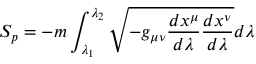
S _ { p } = - m \int _ { \lambda _ { 1 } } ^ { \lambda _ { 2 } } \sqrt { - g _ { \mu \nu } \frac { d x ^ { \mu } } { d \lambda } \frac { d x ^ { \nu } } { d \lambda } } d \lambda